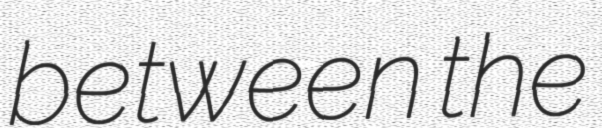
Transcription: between the